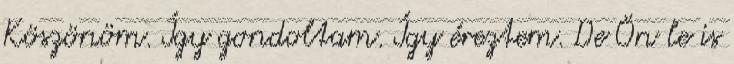
Köszönöm. Így gondoltam. Így éreztem. De Ön le is